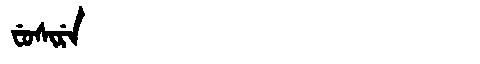
Manchu: ᠸᡠᠰᡳᡵᡝ
Romanization: FUSIRE